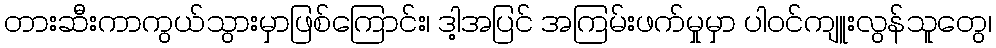
တားဆီးကာကွယ်သွားမှာဖြစ်ကြောင်း၊ ဒါ့အပြင် အကြမ်းဖက်မှုမှာ ပါဝင်ကျူးလွန်သူတွေ၊